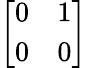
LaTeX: \left[\begin{array}{ll}{0}&{1}\\ {0}&{0}\end{array}\right]